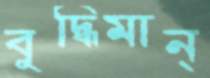
বুদ্ধিমান্‌